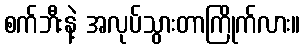
စက်ဘီးနဲ့ အလုပ်သွားတာကြိုက်လား။